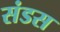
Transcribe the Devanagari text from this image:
संडस